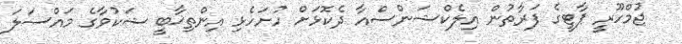
ޖުމްހޫރީ ޕާޓީގެ ފަރާތުން އިލެކްޝަންސްއާ ދެކޮޅަށް ހުށަހެޅި އިންތިޚާބީ ޝަކުވާގެ މައްސަލަ